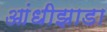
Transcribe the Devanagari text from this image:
आंधीझाडा